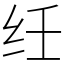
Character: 纴